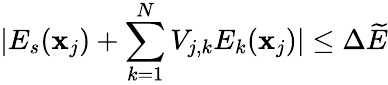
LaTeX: |E_{s}(\mathbf{x}_{j})+\sum_{k=1}^{N}V_{j,k}E_{k}(\mathbf{x}_{j})|\le\Delta\widetilde{{E}}